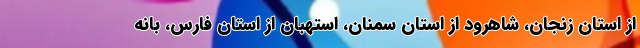
از استان زنجان، شاهرود از استان سمنان، استهبان از استان فارس، بانه